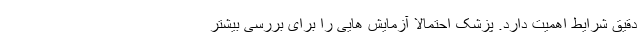
دقیق شرایط اهمیت دارد. پزشک احتمالا آزمایش هایی را برای بررسی بیشتر